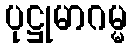
ပုဋ္ဌုမာဂမ္မ